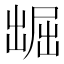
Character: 𱐑